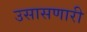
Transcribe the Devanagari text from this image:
उसासणारी